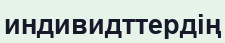
индивидттердің